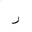
Letter: _ra